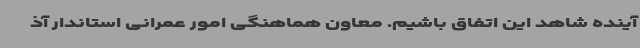
آینده شاهد این اتفاق باشیم. معاون هماهنگی امور عمرانی استاندار آذ